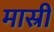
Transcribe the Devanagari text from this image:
मास्री